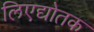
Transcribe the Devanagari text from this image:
लिएद्योतक